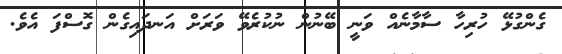
ގެންގުޅޭ ހުރިހާ ސާމާނެއް ވަނީ ބޭނުން ނުކުރެވޭ ވަރަށް އަނދައިގެން ގޮސްފަ އެވެ.